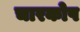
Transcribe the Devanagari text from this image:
चारकोप